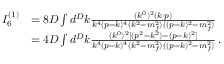
\begin{array} { r l } { I _ { 6 } ^ { ( 1 ) } } & { = 8 D \int d ^ { D } k \frac { ( k ^ { 0 } ) ^ { 2 } ( k \cdot p ) } { k ^ { 4 } ( p - k ) ^ { 4 } ( k ^ { 2 } - m _ { f } ^ { 2 } ) ( ( p - k ) ^ { 2 } - m _ { f } ^ { 2 } ) } } \\ & { = 4 D \int d ^ { D } k \frac { ( k ^ { 0 } ) ^ { 2 } [ ( p ^ { 2 } - k ^ { 2 } ) - ( p - k ) ^ { 2 } ] } { k ^ { 4 } ( p - k ) ^ { 4 } ( k ^ { 2 } - m _ { f } ^ { 2 } ) ( ( p - k ) ^ { 2 } - m _ { f } ^ { 2 } ) } \, . } \end{array}